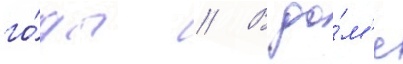
го́ды // В до́м'е